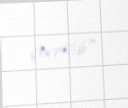
çevrilib".